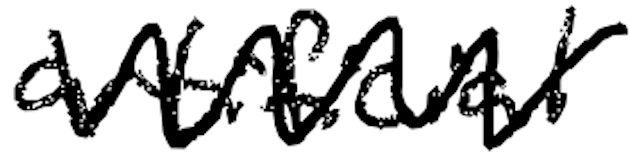
Text: artificial
Cross-out: zig-zag
Writing tool: digital_black